Malaria in the Punjab - Number 46
Disease focus: Malaria
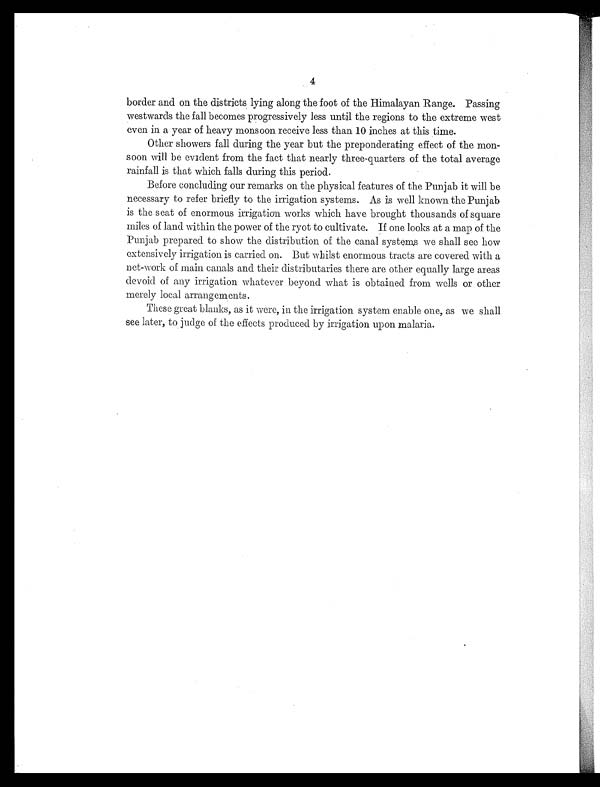
4
border and on the districts lying along the foot of the Himalayan Range. Passing
westwards the fall becomes progressively less until the regions to the extreme west
even in a year of heavy monsoon receive less than 10 inches at this time.
Other showers fall during the year but the preponderating effect of the mon-
soon will be evident from the fact that nearly three-quarters of the total average
rainfall is that which falls during this period.
Before concluding our remarks on the physical features of the Punjab it will be
necessary to refer briefly to the irrigation systems. As is well known the Punjab
is the seat of enormous irrigation works which have brought thousands of square
miles of land within the power of the ryot to cultivate. If one looks at a map of the
Punjab prepared to show the distribution of the canal system we shall see how
extensively irrigation is carried on. But whilst enormous tracts are covered with a
net-work of main canals and their distributaries there are other equally large areas
devoid of any irrigation whatever beyond what is obtained from wells or other
merely local arrangements.
These great blanks, as it were, in the irrigation system enable one, as we shall
see later, to judge of the effects produced by irrigation upon malaria.